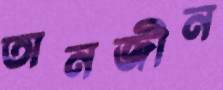
তানজীন